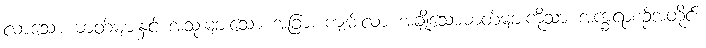
လာသော ဓာတ်များနှင့် အသုံးများသော အခြား ကျမ်းလာ အချို့သောဓာတ်များကိုသာ အက္ခရာစဉ်အတိုင်း